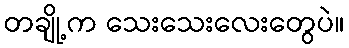
တချို့က သေးသေးလေးတွေပဲ။